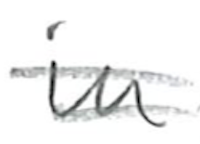
Text: Dansk
Cross-out: double-line
Writing tool: pencil